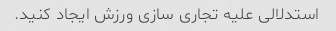
استدلالی علیه تجاری سازی ورزش ایجاد کنید.